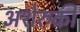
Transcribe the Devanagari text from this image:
अशेरुकी